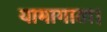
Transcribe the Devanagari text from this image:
यामागाता।